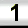
Digit: 1